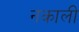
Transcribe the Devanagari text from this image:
नकाली